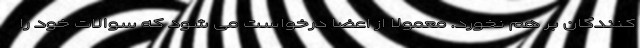
کنندگان بر هم نخورد. معمولا از اعضا درخواست می شود که سوالات خود را